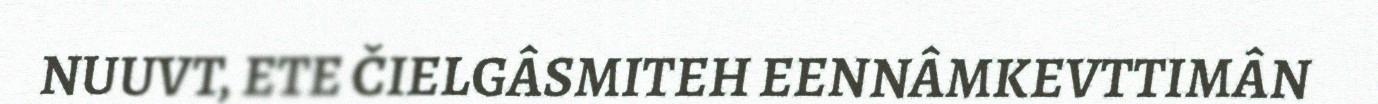
NUUVT, ETE ČIELGÂSMITEH EENNÂMKEVTTIMÂN